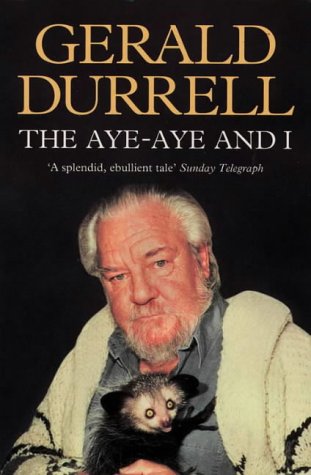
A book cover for The Aye-aye and I: Rescue Expedition in Madagascar; Gerald Durrell; Travel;